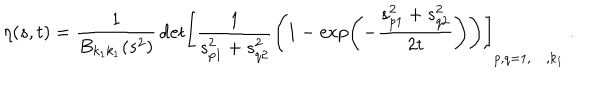
\eta ( s , t ) = \frac { 1 } { B _ { k _ { 1 } k _ { 1 } } ( s ^ { 2 } ) } \, \mathrm { d e t } \left[ \frac { 1 } { s _ { p 1 } ^ { 2 } + s _ { q 2 } ^ { 2 } } \left( 1 - \exp \left( - \frac { s _ { p 1 } ^ { 2 } + s _ { q 2 } ^ { 2 } } { 2 t } \right) \right) \right] _ { p , q = 1 , \ldots , k _ { 1 } } \ .